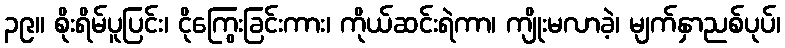
၃၉။ စိုးရိမ်ပူပြင်း၊ ငိုကြွေးခြင်းကား၊ ကိုယ်ဆင်းရဲကာ၊ ကျိုးမလာခဲ့၊ မျက်နှာညစ်ပုပ်၊